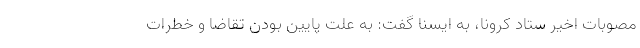
مصوبات اخیر ستاد کرونا، به ایسنا گفت: به علت پایین بودن تقاضا و خطرات